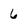
Character: 6